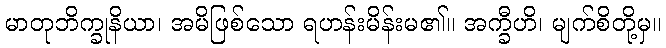
မာတုဘိက္ခုနိယာ၊ အမိဖြစ်သော ရဟန်းမိန်းမ၏။ အက္ခီဟိ၊ မျက်စိတို့မှ။